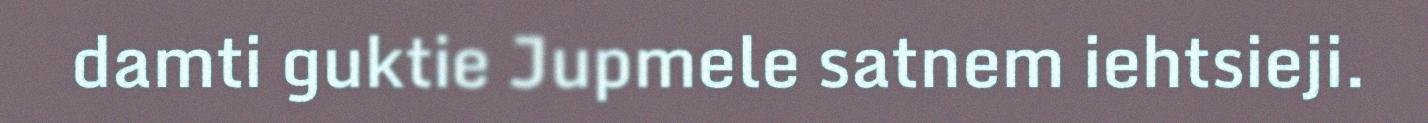
damti guktie Jupmele satnem iehtsieji.